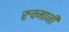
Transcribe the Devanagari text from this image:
रुक्माजी